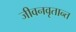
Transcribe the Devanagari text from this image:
जीवनवृतान्त